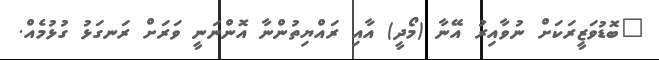
"ބޮޑުވަޒީރަކަށް ނުވާއިރު އޭނާ (މޯދީ) އާއި ރައްޔިތުންނާ އޮންނަނީ ވަރަށް ރަނގަޅު ގުޅުމެއް.